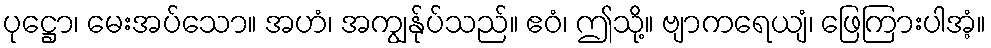
ပုဋ္ဌော၊ မေးအပ်သော။ အဟံ၊ အကျွန်ုပ်သည်။ ဧဝံ၊ ဤသို့။ ဗျာကရေယျံ၊ ဖြေကြားပါအံ့။